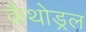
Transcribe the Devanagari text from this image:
कैथोड्रल